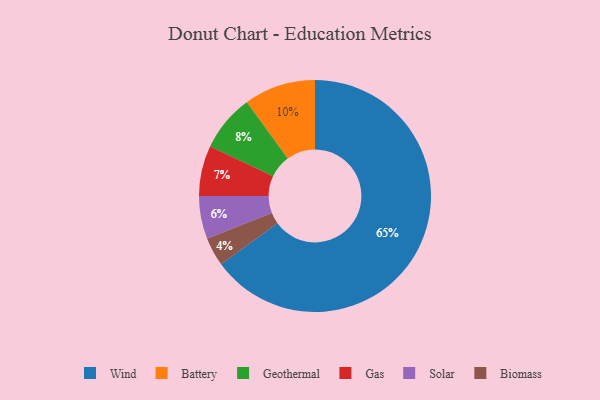
{"axis": {"x": "Category", "y": "Percentage"}, "legend": ["Battery", "Biomass", "Gas", "Geothermal", "Solar", "Wind"], "data": [{"x": "Gas", "y": 7, "type": "Gas"}, {"x": "Geothermal", "y": 8, "type": "Geothermal"}, {"x": "Solar", "y": 6, "type": "Solar"}, {"x": "Biomass", "y": 4, "type": "Biomass"}, {"x": "Wind", "y": 65, "type": "Wind"}, {"x": "Battery", "y": 10, "type": "Battery"}]}